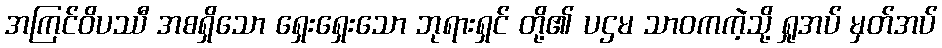
အကြင်ဝိပဿီ အစရှိသော ရှေးရှေးသော ဘုရားရှင် တို့၏ ပဌမ သာဝကကဲ့သို့ ရှုအပ် မှတ်အပ်